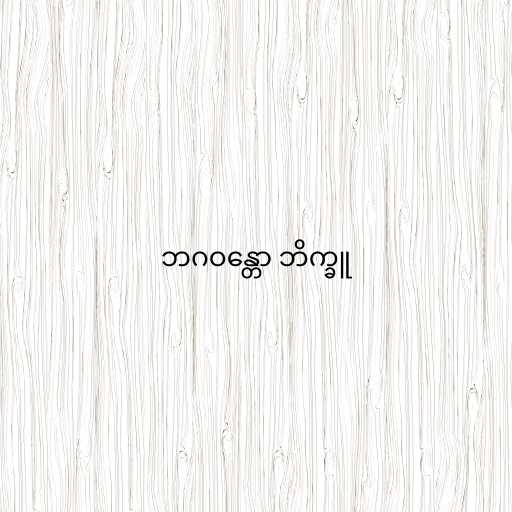
ဘဂဝန္တော ဘိက္ခူ